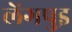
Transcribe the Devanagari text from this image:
लेंगपुइ